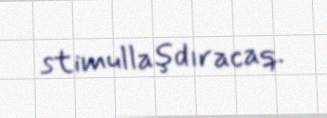
stimullaşdıracaq.